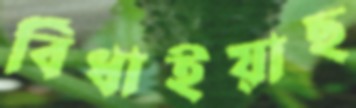
বিঁধাইয়াছ